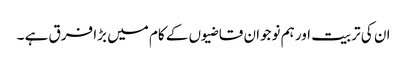
ان کی تربیت اور ہم نوجوان قاضیوں کے کام میں بڑا فرق ہے ۔